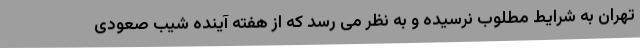
تهران به شرایط مطلوب نرسیده و به نظر می رسد که از هفته آینده شیب صعودی